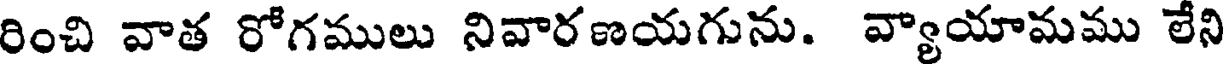
రించి వాత రోగములు నివారణయగును. వ్యాయామము లేని